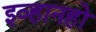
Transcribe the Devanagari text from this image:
इव्हानहो